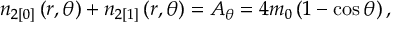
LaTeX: n _ { 2 [ 0 ] } \left( r , \theta \right) + n _ { 2 [ 1 ] } \left( r , \theta \right) = A _ { \theta } = 4 m _ { 0 } \left( 1 - \cos \theta \right) ,